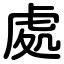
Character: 處